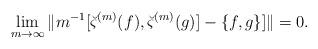
LaTeX: \begin{align*}\lim_{m\to\infty}\|m^{-1}[\breve{\varsigma}^{(m)}(f),\breve{\varsigma}^{(m)}(g)]-\{f,g\}]\|=0.\end{align*}